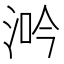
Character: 𣵴